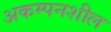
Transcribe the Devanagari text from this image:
अकम्पनशील